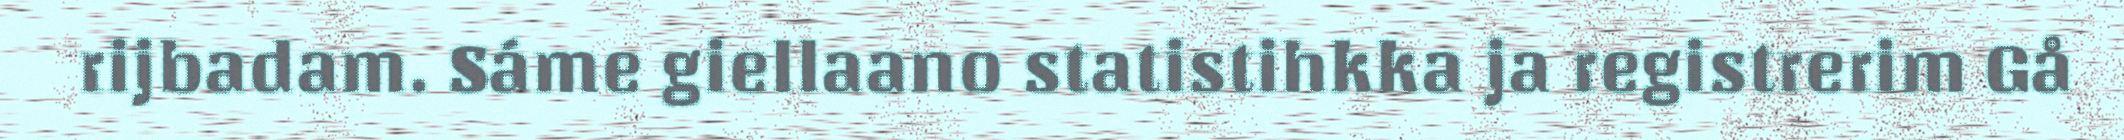
rijbadam. Sáme giellaano statistihkka ja registrerim Gå